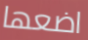
اضعها